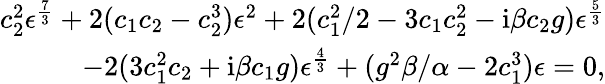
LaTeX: \begin{array}{r}{c_{2}^{2}\epsilon^{\frac{7}{3}}+2(c_{1}c_{2}-c_{2}^{3})\epsilon^{2}+2({c_{1}^{2}}/{2}-3c_{1}c_{2}^{2}-\mathrm{i}\beta c_{2}g)\epsilon^{\frac{5}{3}}}\\ {-2(3c_{1}^{2}c_{2}+\mathrm{i}\beta c_{1}g)\epsilon^{\frac{4}{3}}+(g^{2}\beta/\alpha-2c_{1}^{3})\epsilon=0,}\end{array}